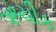
ઋચીક